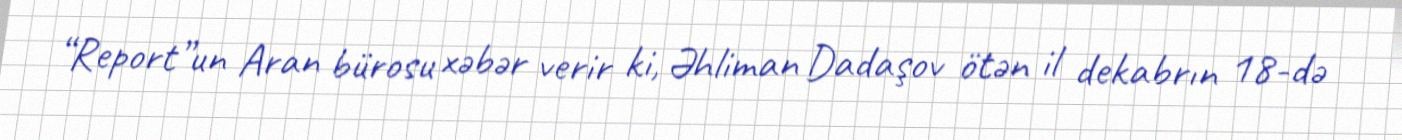
“Report”un Aran bürosu xəbər verir ki, Əhliman Dadaşov ötən il dekabrın 18-də